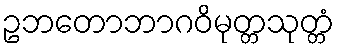
ဥဘတောဘာဂဝိမုတ္တသုတ္တံ